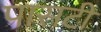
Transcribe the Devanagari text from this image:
पासटी